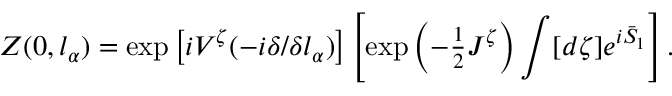
Z ( 0 , l _ { \alpha } ) = \exp \left[ i V ^ { \zeta } ( - i \delta / \delta l _ { \alpha } ) \right] \left[ \exp \left( - { \textstyle { \frac { 1 } { 2 } } } { \cal J } ^ { \zeta } \right) \int [ d \zeta ] e ^ { i \bar { S } _ { 1 } } \right] .